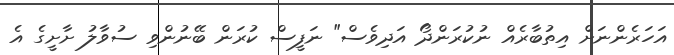
އަހަރެންނަށް އިތުބާރެއް ނުކުރަންދޯ އަދިވެސް" ނަފީސް ކުރަން ބޭނުންވި ސުވާލު ށާށީގެ އެ